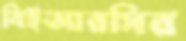
বিইআরসির